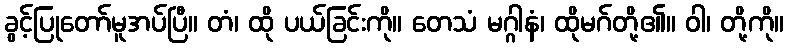
ခွင့်ပြုတော်မူအပ်ပြီ။ တံ၊ ထို ပယ်ခြင်းကို။ တေသံ မဂ္ဂါနံ၊ ထိုမဂ်တို့၏။ ဝါ၊ တို့ကို။